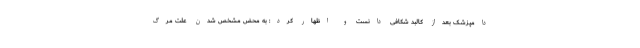
دامپزشک بعداز کالبد شکافی دانست و اظهار کرد: به محض مشخص شدن علت مرگ